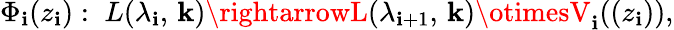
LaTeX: \Phi_{\mathbf{i}}(z_{\mathbf{i}}):\; L(\lambda_{\mathbf{i}},\, \mathbf{k})\rightarrowL(\lambda_{\mathbf{i}+1},\, \mathbf{k})\otimesV_{\mathbf{i}}((z_{\mathbf{i}})),